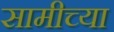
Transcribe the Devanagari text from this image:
सामीच्या